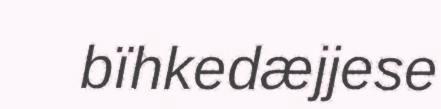
bïhkedæjjese